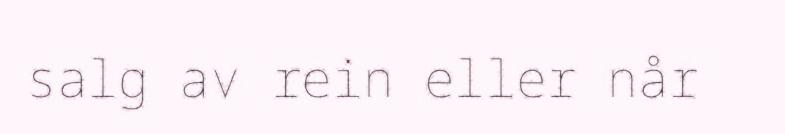
salg av rein eller når